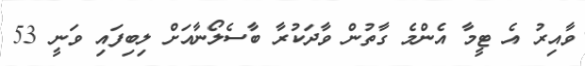
ވާއިރު އެ ޓީމާ އެންމެ ގާތުން ވާދަކުރާ ބާސެލޯނާއަށް ލިބިފައި ވަނީ 53